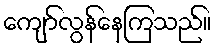
ကျော်လွန်နေကြသည်။